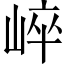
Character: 崪